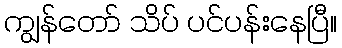
ကျွန်တော် သိပ် ပင်ပန်းနေပြီ။